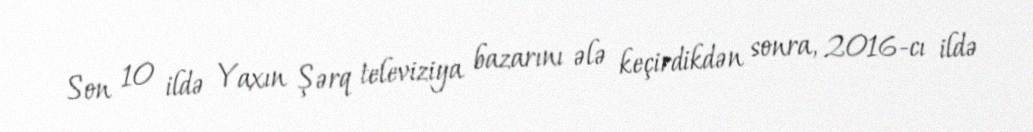
Son 10 ildə Yaxın Şərq televiziya bazarını ələ keçirdikdən sonra, 2016-cı ildə